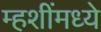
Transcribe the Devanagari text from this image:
म्हशींमध्ये